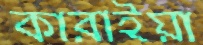
কারাইয়া